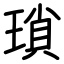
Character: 瑣